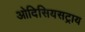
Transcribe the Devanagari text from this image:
ओदिसियसट्राय